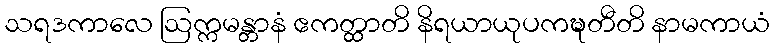
သရဒကာလေ ဩက္ကမန္တာနံ ဧကတ္ထာတိ နိရယာယုပကဍ္ဎတီတိ နာမကာယံ